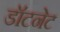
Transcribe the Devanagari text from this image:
डॉटनेट